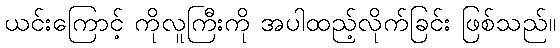
ယင်းကြောင့် ကိုလူကြီးကို အပါထည့်လိုက်ခြင်း ဖြစ်သည်။